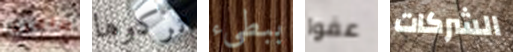
طاهية تركوها ببطىء عفوا الشركات